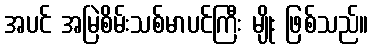
အပင် အမြဲစိမ်းသစ်မာပင်ကြီး မျိုး ဖြစ်သည်။